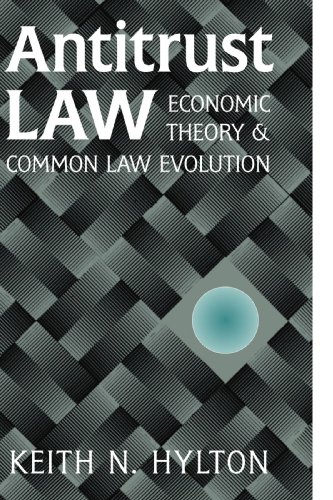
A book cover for Antitrust Law: Economic Theory and Common Law Evolution; Keith N. Hylton; Law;